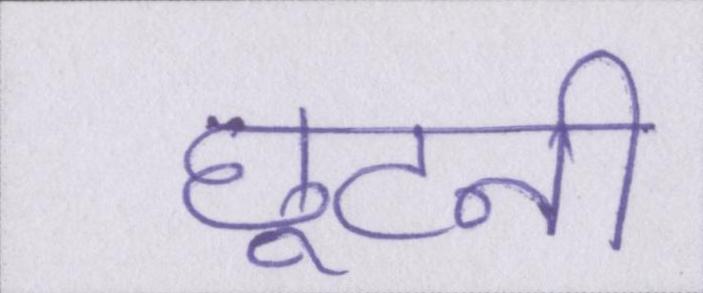
छूटनी